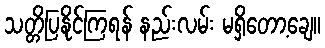
သတ္တိပြနိုင်ကြရန် နည်းလမ်း မရှိတော့ချေ။